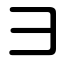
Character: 彐